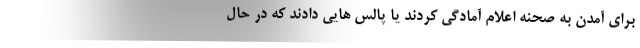
برای آمدن به صحنه اعلام آمادگی کردند یا پالس هایی دادند که در حال